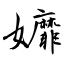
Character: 孊